Vital statistics of India. Vol. VI, European troops 1870-79
Year: 1870
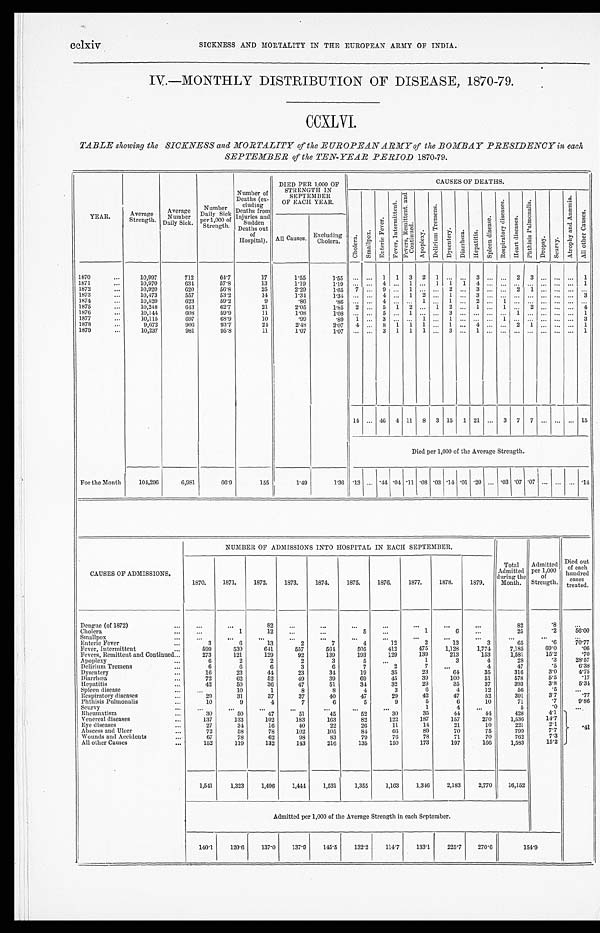
cclxiv
SICKNESS AND MORTALITY IN THE EUROPEAN ARMY OF INDIA.
IV.—MONTHLY DISTRIBUTION OF DISEASE, 1870-79.
CCXLVI.
TABLE showing the SICKNESS and MORTALITY of the EUROPEAN ARMY of the BOMBAY PRESIDENCY in each
SEPTEMBER of the TEN-YEAR PERIOD 1870-79.
YEAR.
Average
Strength.
Average
Number
Daily Sick.
Nu mb e r o f Da i l y S i c k p e r 1 , 0 0 0 o f S t r e n g t h .
Strength.
Number of
D e a t h s ( e x c l u d i n g D e a t h s f r o m I n j u r i e s a n
Sudden
Deaths out
of
Hospital).
DIED PER 1,000 OF
STRENGTH IN
SEPTEMBER
OF EACH YEAR.
CAUSES OF DEATHS.
C h o l e r a .
S m a l l p o x .
E n t e r i c F e v e r .
F e v e r , I n t e r m i t t e n t . F e v e r , R e m i t t e n t a n d C o n t i n u e d .
A p p l e x y .
Del i ri um Tremens.
D y s e n t e r y .
D i a r r h œ a .
H e p a t i t i s .
S p l e e n d i s e a s e s .
R e s p i r a t o r y d i s e a s e s .
H e a r t d i s e a s e s .
P h t h i s i s P u l mo n a l i s .
Dropsy.
Sc ur v y .
A t r o p h y a n d A n æ m i a .
A l l o t h e r C a u s e s .
All Causes. Excluding
Cholera.
1870
...
10,997
712
64.7
17
1.55
1.55
. . . ...
1
1
3
2
1 ...
. . . 3 ... ...
2 3
...
...
. . . 1
1871
. . .
10,970
634
57.8
13
1.19
119
. . .
. . . 4 ...
1
... 1
1
1
4 ... ...
. . .
...
... ... ...
1
1872
. . .
10,920
620
56.8
25
2.29
1.65
7 ...
9 ...
1
. . .
...
2
. . . 3
. . .
. . .
2 1
... ...
. . .
. . .
1873
10,473
557
53.2
14
1.34
1 . 3 4
. . . .
. . .
4 ...
1 2 ...
1
. . .
3
. . .
. . .
. . .
... ... ...
. . . 3
1874
10,520
623
59.2
9
.86
. 8 6
. . .
. . .
4 ...
. . . 1 ...
1 ...
2 ...
1
. . .
...
...
...
. . .
...
1875
...
10,218
643
62.7
21
2.05
1.85
2 ...
5 1
2 ... 1
2
. . . . . .
1
. . .
1
. . .
2 ... ...
. . . 4
1876
...
10,141
608
59.9
11
1.08
1 . 0 8
. . .
. . .
5 ...
1 ... ...
3
. . .
. . .
. . .
. . .
1 ... ... ...
. . . 1
1877
...
10,115
697
68.9
10
.99
.89
1 ...
3 ...
. . . 1 ...
1
. . .
. . .
. . .
1
. . .
... ... ...
. . . 3
1878
. . .
9,672
906
93.7
24
2.48
2.07
4
. . . 8 1
1
1 ...
1
. . . 4 ... ...
2 1 , .. ... ...
1
1879
10,237
981
95.8
11
1.07
1.07 ...
. . .
3 1
1 1 ...
3
. . .
1
. . .
. . .
. . .
... ... ...
. . . 1
14 ... 46
4 11
8
3 15
1 21 ...
3
7
7 ... ... ... 15
Died per 1,000 of the Average Strength.
For the Month
104,296
6,981
66.9
155
1.49
1.36 .13 ... .44 .04 .11
.08 .03 .14 .01 .20 ... .03 .07 .07 ... ... ...
.14
NUMBER OF ADMISSIONS INTO HOSPITAL IN EACH SEPTEMBER.
CAUSES OF ADMISSIONS.
1870.
1871.
1872.
1873.
1874.
1875.
1876.
1877.
1878.
1879.
Total
Admitted
during the
Month.
Admitted
per 1,000
of
Strength.
Died out
o f
e a c h
h u n d r e d
c a s e s
treated.
Dengue (of 1872)
...
...
...
82
...
...
...
...
...
...
...
82
.8
. . .
Cholera
...
...
1
12
...
. . .
5
. . .
1
6
...
25
. 2
5 6 . 6 6
S mallpox
...
...
...
. . .
. . .
...
. . .
. . .
...
...
. . .
. . .
. . .
. . .
Enteric Fever
...
3
6
13
2
7
4
12
2
13
3
6 5
. 6
70.77
Fever, Intermittent
. . .
599
530
641
557
564
505
412
475
1,128
1,774
7,185
69.0
.06
Fevers, Remittent and Continued
. . .
273
121
129
92
139
193
129
139
213
153
1,581
15.2
.70
Apoplexy
...
6
2
2
2
3
5
. . .
1
3
4
28
.3
28.57
Delirium Tremens
...
6
6
6
3
6
7
2
7
...
4
47
.5
6.38
Dysentery
16
23
44
23
34
19
35
23
64
35
316
3.0
4.75
Diarrhœa.
...
72
62
52
49
39
69
45
39
100
51
578
5.5
.17
Hepatitis
. . .
42
50
36
47
51
34
32
29
35
37
393
3.8
5.34
Spleen disease
...
. . .
10
1
8
8
4
3
6
4
12
56
.5
...
Respiratory diseases
...
29
31
37
37
40
47
29
42
47
52
391
3.7
.77
Phthisis Pulmonalis
...
10
9
4
7
6
5
9
5
0
10
71
.7
9.86
Scurvy
..
. . .
. . .
. . .
. . .
. . .
. . .
. . .
1
4
. . .
5
.0
. . .
Rheumatism
...
30
50
47
51
45
52
30
35
44
44
428
4.1
Venereal diseases
...
137
133
102
183
163
82
122
187
157
270
1,536
14.7
Eye diseases
...
27
31
16
40
22
26
11
14
21
10
221
2.1
.41
Abscess and Ulcer
...
72
58
75
102
105
84
00
89
70
75
799
7.7
Wounds and Accidents
...
07
78
62
98
83
79
76
78
71
70
762
7.3
All other Causes
...
152
119
132
143
216
135
150
173
197
166
1,583
15.2
1,511
1,323
1,496
1,441
1,531
1,355
1,163
1,340
2,183
2,770
16,152
Admitted per 1,000 of the Average Strength in each September.
140.1
120.6
137.0
137.9
145.5
132.2
114.7
133.1
225.7
270.6
154.9